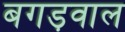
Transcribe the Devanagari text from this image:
बगड़वाल